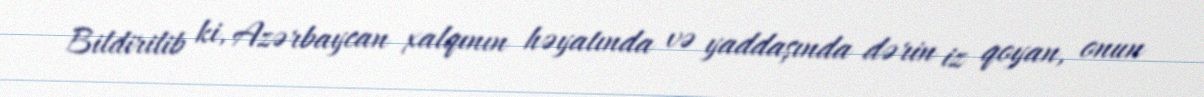
Bildirilib ki, Azərbaycan xalqının həyatında və yaddaşında dərin iz qoyan, onun